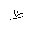
Letter: _za